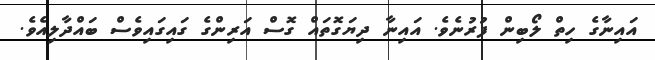
އައިނާގެ ހިތް ލޯބިން ފުރުނެވެ. އައިނާ ދިޔަގޮތައް ގޮސް އަރިންގެ ގައިގައިވެސް ބައްދާލިއެވެ.